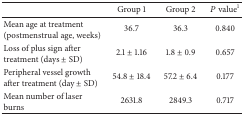
|  | Group 1 | Group 2 | P value1 |
 | --- | --- | --- | --- |
 | Mean age at treatment (postmenstrual age, weeks) | 36.7 | 36.3 | 0.840 |
 | Loss of plus sign after treatment (days ± SD) | 2.1 ± 1.16 | 1.8 ± 0.9 | 0.657 |
 | Peripheral vessel growth after treatment (day ± SD) | 54.8 ± 18.4 | 57.2 ± 6.4 | 0.177 |
 | Mean number of laser burns | 2631.8 | 2849.3 | 0.717 |